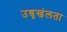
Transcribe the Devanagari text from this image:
उश्रृखंलता